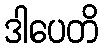
ဒါပေတိ